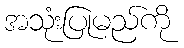
အသုံးပြုမည်ကို